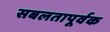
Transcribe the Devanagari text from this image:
सबलतापूर्वक